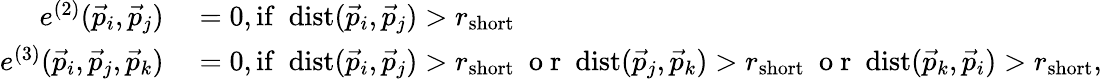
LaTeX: \begin{array}{rl}{e^{(2)}(\vec{p}_{i},\vec{p}_{j})}&{{}=0,\mathrm{if}\ \ \mathrm{dist}(\vec{p}_{i},\vec{p}_{j})>r_{\mathrm{short}}}\\ {e^{(3)}(\vec{p}_{i},\vec{p}_{j},\vec{p}_{k})}&{{}=0,\mathrm{if}\ \ \mathrm{dist}(\vec{p}_{i},\vec{p}_{j})>r_{\mathrm{short}}\ \mathrm{~o~r~}\ \mathrm{dist}(\vec{p}_{j},\vec{p}_{k})>r_{\mathrm{short}}\ \mathrm{~o~r~}\ \mathrm{dist}(\vec{p}_{k},\vec{p}_{i})>r_{\mathrm{short}},}\end{array}